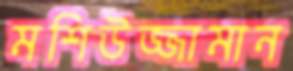
মশিউজ্জামান